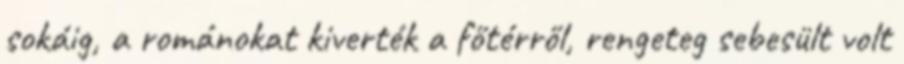
sokáig, a románokat kiverték a főtérről, rengeteg sebesült volt